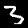
Label: 3